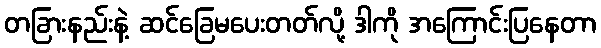
တခြားနည်းနဲ့ ဆင်ခြေမပေးတတ်လို့ ဒါကို အကြောင်းပြနေတာ